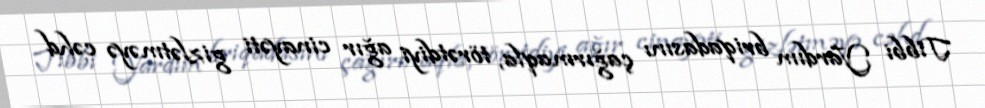
Tibbi Yardım briqadasını çağırmaqla, törətdiyi ağır cinayəti gizlətməyə cəhd